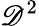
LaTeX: \mathscr{D}^{2}